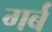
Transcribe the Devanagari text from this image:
गर्ब